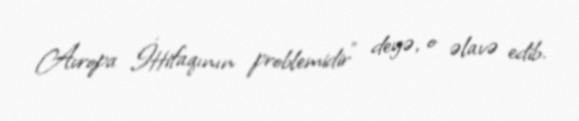
Avropa İttifaqının problemidir” deyə, o əlavə edib.